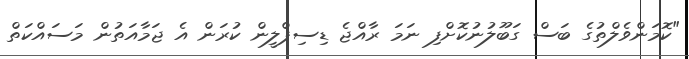
"ކޮމަންވެލްތުގެ ބަސް ގަބޫލުނުކޮށްފި ނަމަ ރާއްޖެ ޑިސިޕްލީން ކުރަން އެ ޖަމާއަތުން މަސައްކަތް